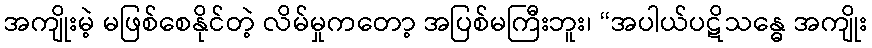
အကျိုးမဲ့ မဖြစ်စေနိုင်တဲ့ လိမ်မှုကတော့ အပြစ်မကြီးဘူး၊ “အပါယ်ပဋိသန္ဓေ အကျိုး